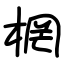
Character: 棢